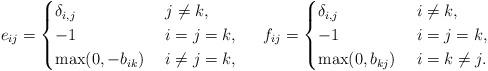
LaTeX: \begin{align*}e_{ij}=\begin{cases}\delta_{i,j} & \;j\neq k,\\-1 & \;i=j=k,\\\max(0,-b_{ik}) & \;i\neq j=k,\end{cases} & & f_{ij}=\begin{cases}\delta_{i,j} & \;i\neq k,\\-1 & \;i=j=k,\\\max(0,b_{kj}) & \;i=k\neq j.\end{cases}\end{align*}